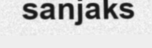
sanjaks